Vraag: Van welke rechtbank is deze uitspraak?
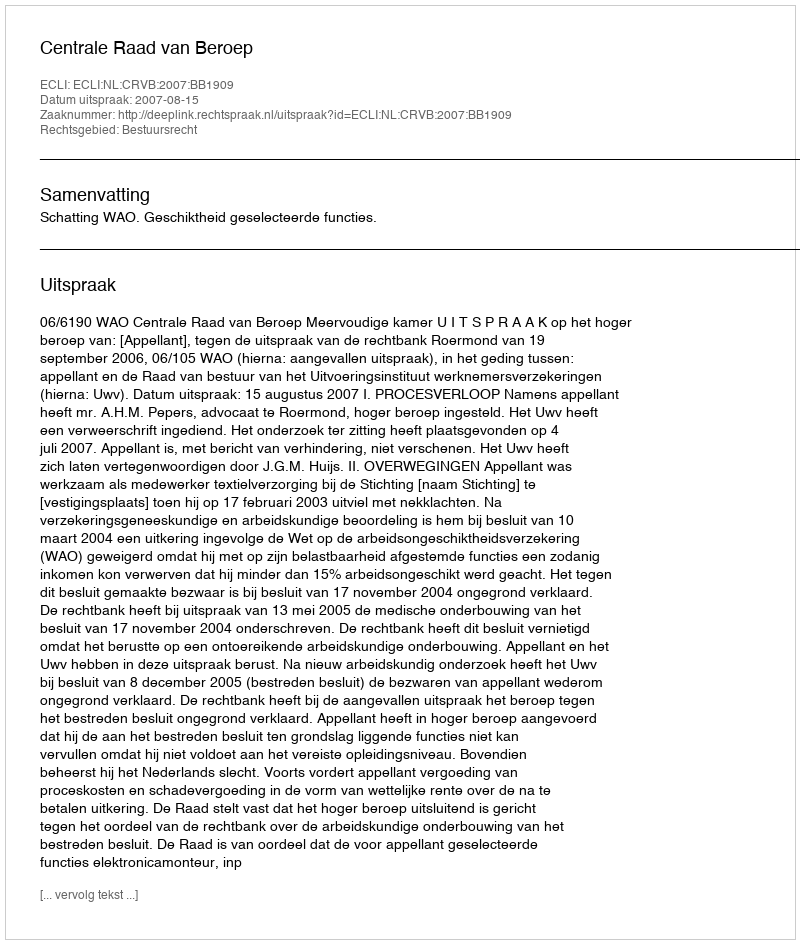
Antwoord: Centrale Raad van Beroep